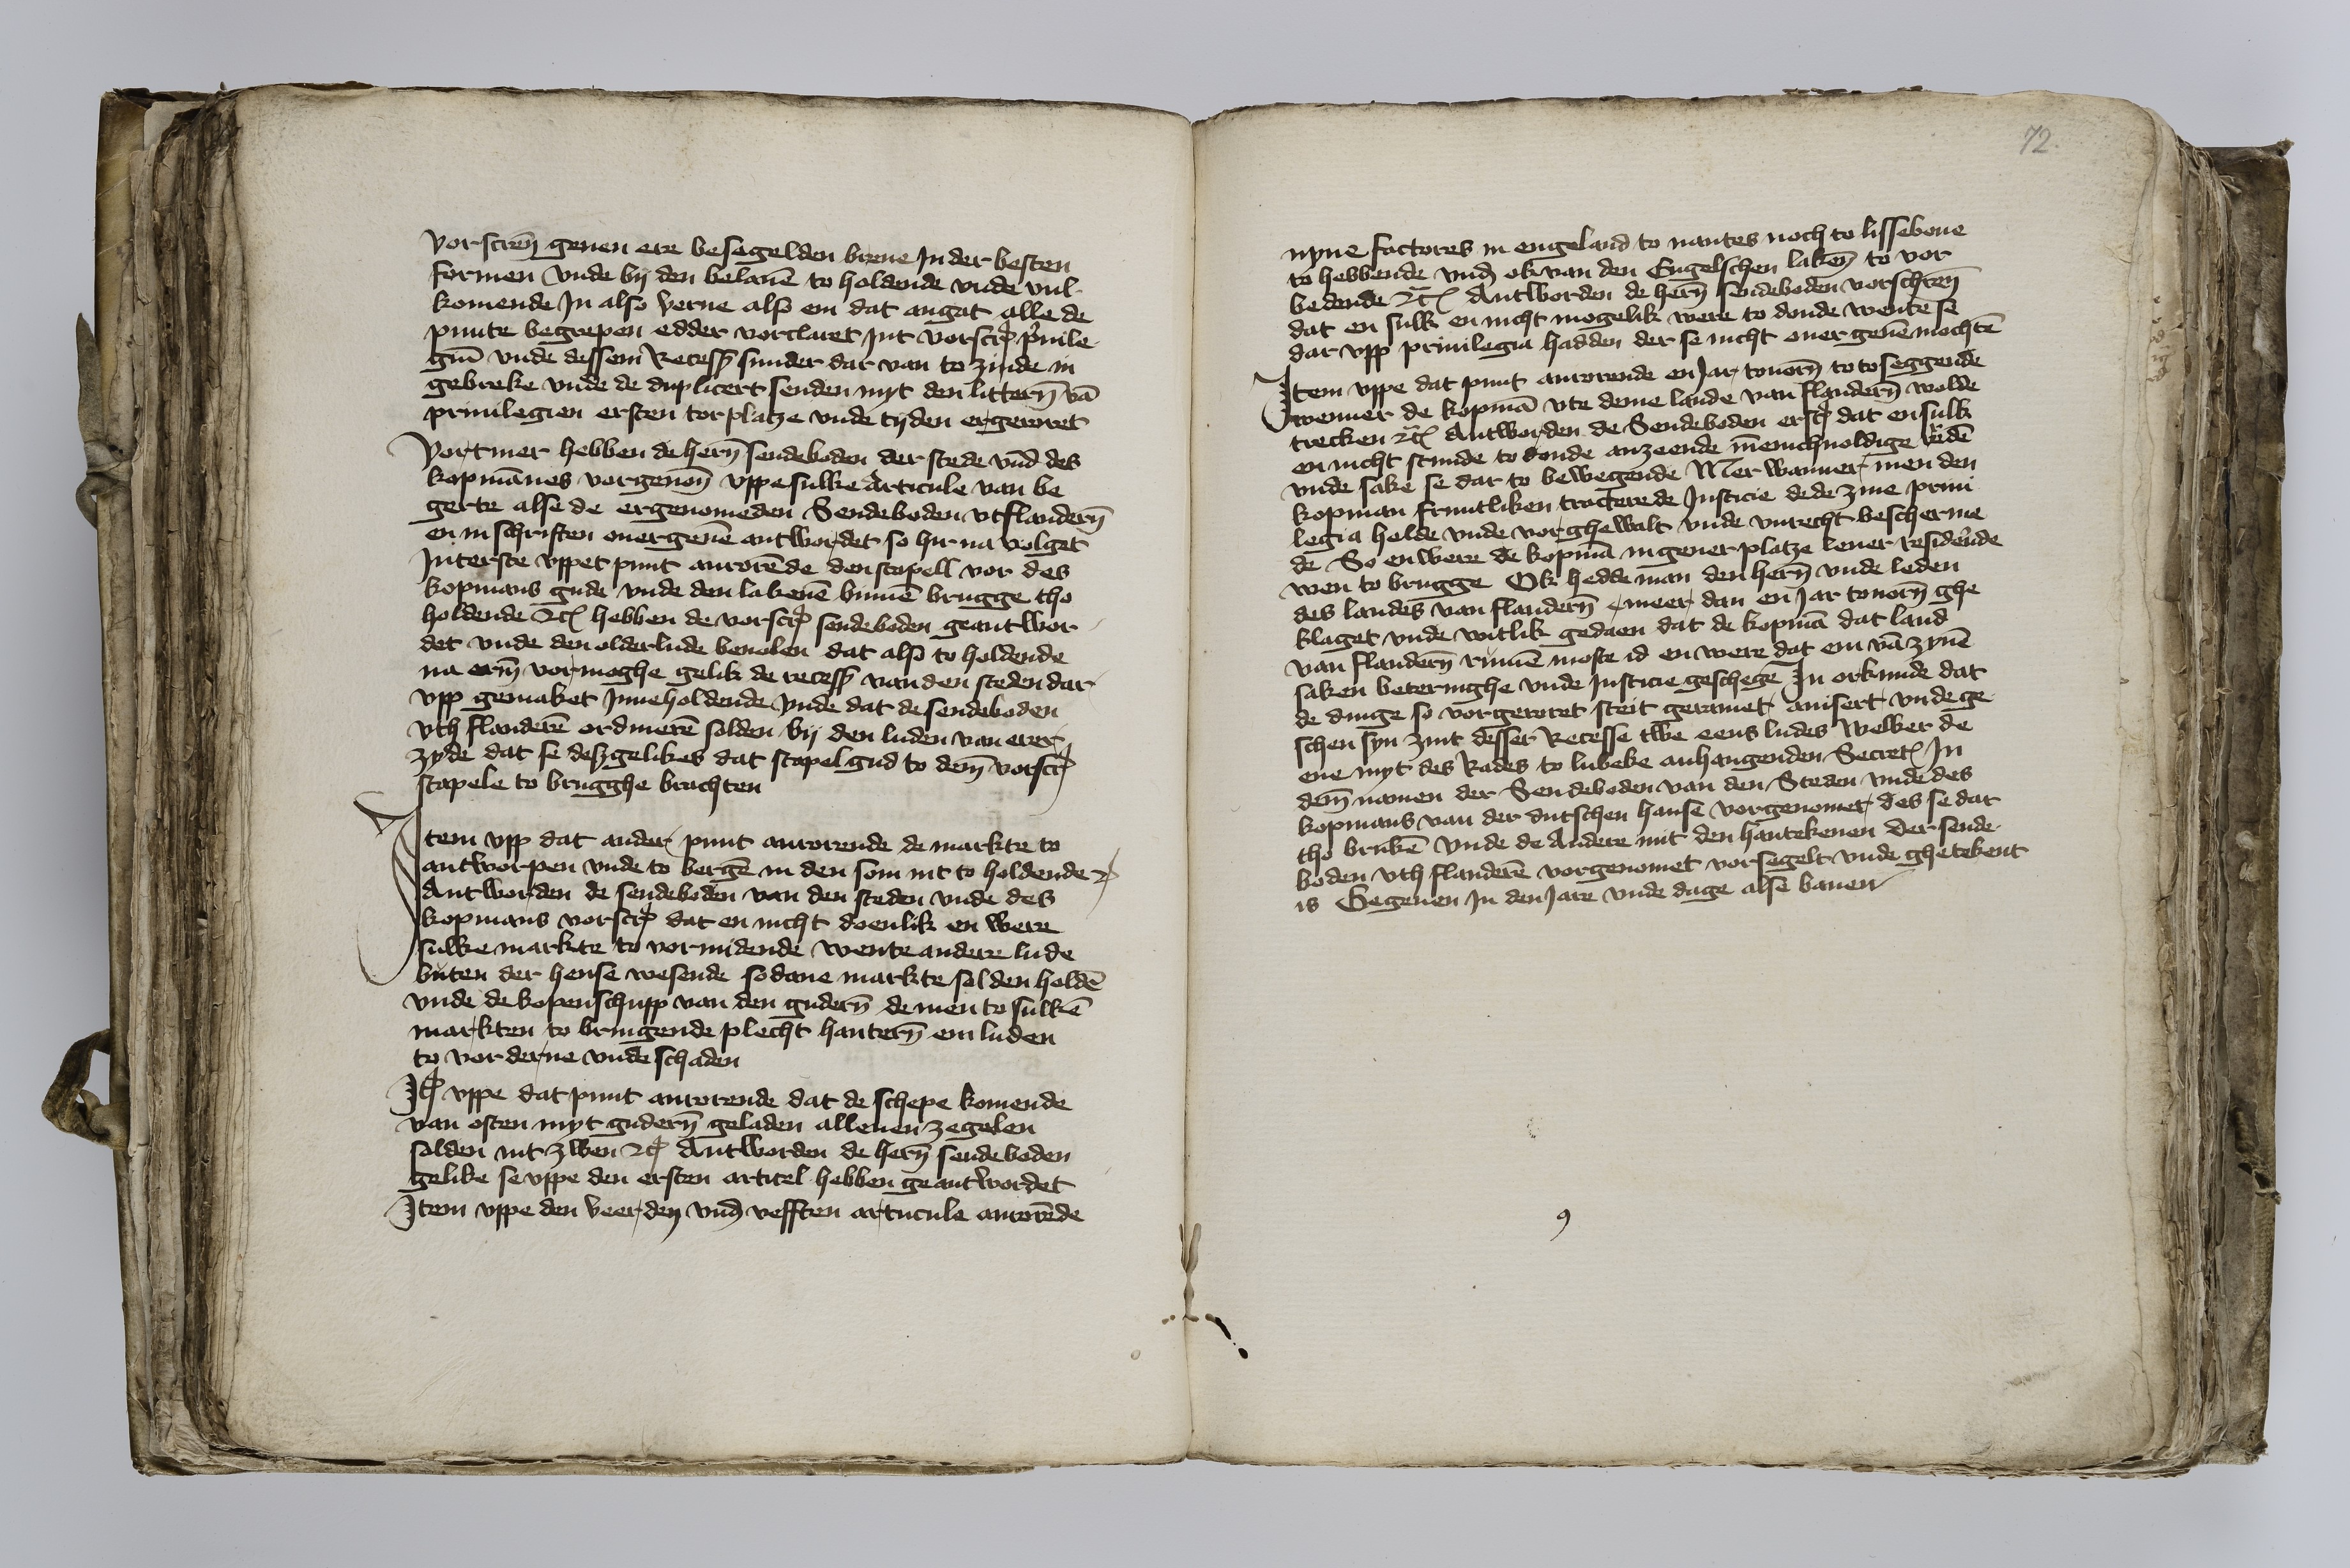
vorscreuen geuen ere besegelden breue Jn der besten
formen vnde by den belauen to holdende vnde vul¬
komende Jn also verne also em dat angat alle de
punte begrepen edder vorclaret Jnt vorscreuen priuile¬
gien vnde dessem Recess sunder dar van to zinde in
gebreke vnde de duplicert senden myt den litteren van
priuilegien ersten tor platze vnde tyden ergeroret.
Vortmer hebben de heren sendeboden der stede vnnd des
kopmannes vorgenomet vppe sulke Articule van be¬
gerte alse de ergenomenden Sendeboden vt Flanderen
en in schriften ouergeuen antwordet so hir na volget
Jnterste vppet punt anrorende den stapell vor des
kopmans gude vnde den lakenen binnen Brugge tho
holdende etcetera hebben de vorscreuen sendeboden geantwor¬
det vnde den olderlude beuolen dat also to holdende
na erem vormoghe gelik de recess van den steden dar
vpp gemaket Jnneholdende vnde dat de sendeboden
vth Flanderen ordineren solden by den luden van erer
zyde dat se desgelikes dat stapelgud to deme vorscreuen
stapele to Brugghe brachten.

Jtem vpp dat ander punt anrorende de markte to
Antworpen vnde to Bergen in den Som nit to holdende etcetera
Antworden de sendeboden van den steden vnde des
kopmans vorscreuen dat en nicht doenlik en were
sulke markte to vormidende wente andere lude
buten der hense wesende sodane markte solden holden
vnde de kopenschupp van den guderen de men to sulken
markten to bringende plecht hanteren em luden
to vorderue vnde schaden.

Jtem vppe dat punt anrorende dat de schepe komende
van osten myt guderen geladen allenen zegelen
solden int zwen etcetera Antworden de heren sendeboden
gelike se vppe den ersten articel hebben geantwordet
Jtem vppe den veerden vnd vefften artucule anrorende

72

nyne factores in Engeland to Nantes noch to Lissebone
to hebbende vnd ok van den Engelschen lakene to vor¬
bedende etcetera Antworden de heren sendeboden vorschreuen
dat en sulk en nicht mogelik were to donde wente se
dar vpp priuilegia hadden der se nicht ouergeuen mochten.

Jtem vppe dat punt anrorende en Jar touoren to toseggende
wenner de kopman vte deme lande van Flanderen wolde
trecken etcetera Antworden de Sendeboden erscreuen dat en sulk
en nicht stunde to donde anzeende mennichuoldige reden
vnde sake se dar to bewegende Mer wanner men den
kopman fruntliken tracterede Justicie dede zine priui¬
legia holde vnde vorghewalt vnde vnrecht bescherme
de So enwere de kopman in gener platze leuer residerende
wen to Brugge Ok hedde man den heren vnde leden
des landes van Flanderen c meer dan en Jar touoren ghe¬
klaget vnde witlik gedaen dat de kopman dat land
van Flanderen rumen moste id en were dat em van zynen
saken beteringhe vnde Justicie geschegen Jn orkunde dat
de dinge so vorgeroret steit geramet auisert vnde ge¬
schen syn zint desser Recesse twe eens ludes welker de
ene myt des Rades to Lubeke anhangenden Secretum Jn
deme namen der Sendeboden van den Steden vnde des
kopmans van der dutschen hanse vorgenomet des se dat
tho bruken vnde de Andere mit den hantekenen der sende¬
boden vth Flanderen vorgenomet vorsegelt vnde ghetekent
is Gegeuen Jn den Jare vnde dage alse bauen.